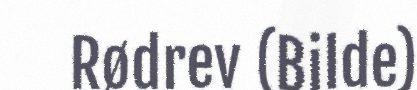
Rødrev (Bilde)